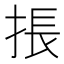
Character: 掁